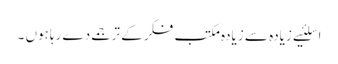
اسلئیے زیادہ سے زیادہ مکتبِ فکر کے ترجمے دے رہاہوں ۔